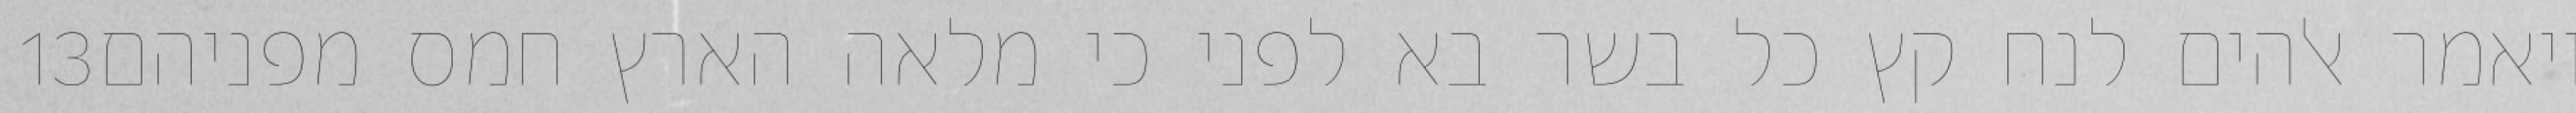
‎13‏ ויאמר אלהים לנח קץ כל בשר בא לפני כי מלאה הארץ חמס מפניהם